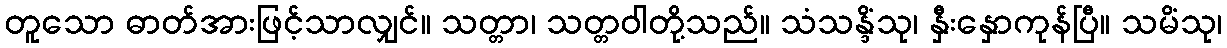
တူသော ဓာတ်အားဖြင့်သာလျှင်။ သတ္တာ၊ သတ္တဝါတို့သည်။ သံသန္ဒိံသု၊ နှီးနှောကုန်ပြီ။ သမိံသု၊